Indian journal of veterinary science and animal husbandry - Volume 6,
Year: 1936
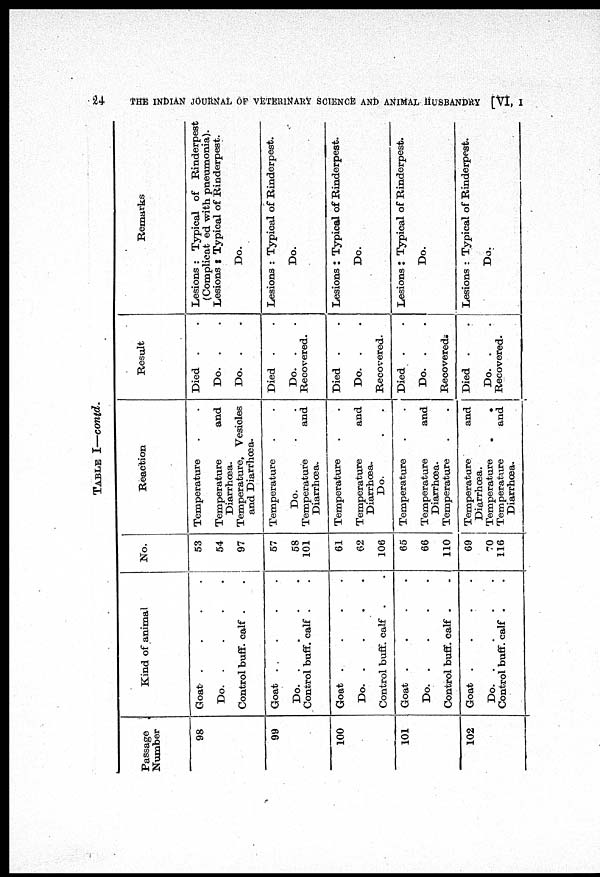
24
THE INDIAN JOURNAL OF VETERINARY SCIENCE AND ANIMAL HUSBANDRY [VI, I
TABLE I—contd.
Passage
Number
98
99
100
101
102
Kind of animal
Goat
.
.
.
.
Do.
.
.
.
.
Control buff. calf . .
Goat . . . .
Do.
.
.
.
.
Control buff. calf . .
Goat . . . .
Do.
.
.
.
.
Control buff. calf . .
Goat . . . .
Do.
.
.
.
.
Control buff. calf . .
Goat
.
.
.
.
Do.
.
.
.
.
Control buff. calf . .
No.
53
54
97
57
58
101
61
62
106
65
66
110
69
70
116
Reaction
Temperature . .
Temperature and
Diarrhœa.
Temperature, Vesicles
and Diarrhœa.
Temperature . .
Do.
.
.
Temperature and
Diarrhœa.
Temperature
.
.
Temperature and
Diarrhœa.
Do.
.
.
Temperature . .
Temperature and
Diarrhœa.
Temperature
.
.
Temperature and
Diarrhœa.
Temperature
.
.
Termperature and
Diarrhœa.
Result
Died . .
Do. . .
Do. . .
Died . .
Do. .
.
Recovered.
Died . .
Do. .
.
Recovered.
Died . .
Do. .
.
Recovered.
Died . .
Do. .
.
Recovered.
Remarks
Lesions : Typical of Rinderpest
(Complicated with pneumonia).
Lesions : Typical of Rinderpest.
Do.
Lesions : Typical of Rinderpest.
Do.
Lesions : Typical of Rinderpest.
Do.
Lesions : Typical of Rinderpest.
Do.
Lesions : Typical of Rinderpest.
Do.